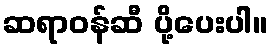
ဆရာဝန်ဆီ ပို့ပေးပါ။